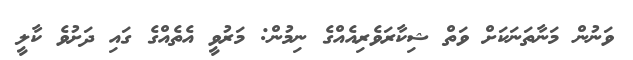
ވަނުން މަނާތަނަކަށް ވަތް ޝިކާރަވެރިއެއްގެ ނިމުން: މަރުވީ އެތެއްގެ ގައި ދަށުވެ ކާލީ